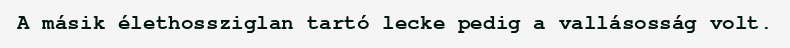
A másik élethossziglan tartó lecke pedig a vallásosság volt.